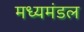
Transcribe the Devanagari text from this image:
मध्यमंडल